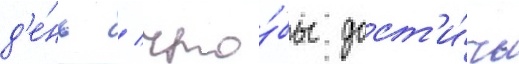
д'е́нь / что́бы дост'и́чь